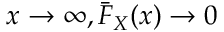
x \to \infty , { \bar { F } } _ { X } ( x ) \to 0